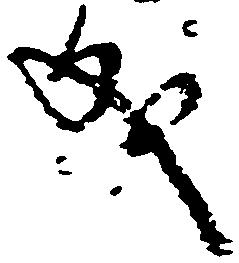
成